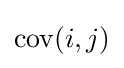
{\text{cov}}(i,j)